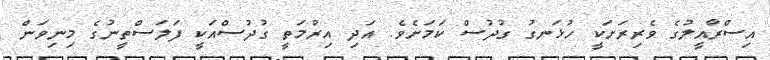
އިސްރާއީލުގެ ވެރިރަށަކީ ހުޅަނގު ގުދުސް ކަމަށެވެ. އަދި އިރުމަތީ ގުދުސްއަކީ ފަލަސްތީނުގެ މިނިވަން